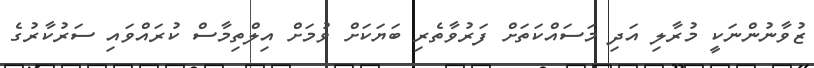
ޒުވާނުންނަކީ މުރާލި އަދި މަސައްކަތަށް ފަރުވާތެރި ބަޔަކަށް ވުމަށް އިލްތިމާސް ކުރައްވައި ސަރުކާރުގެ